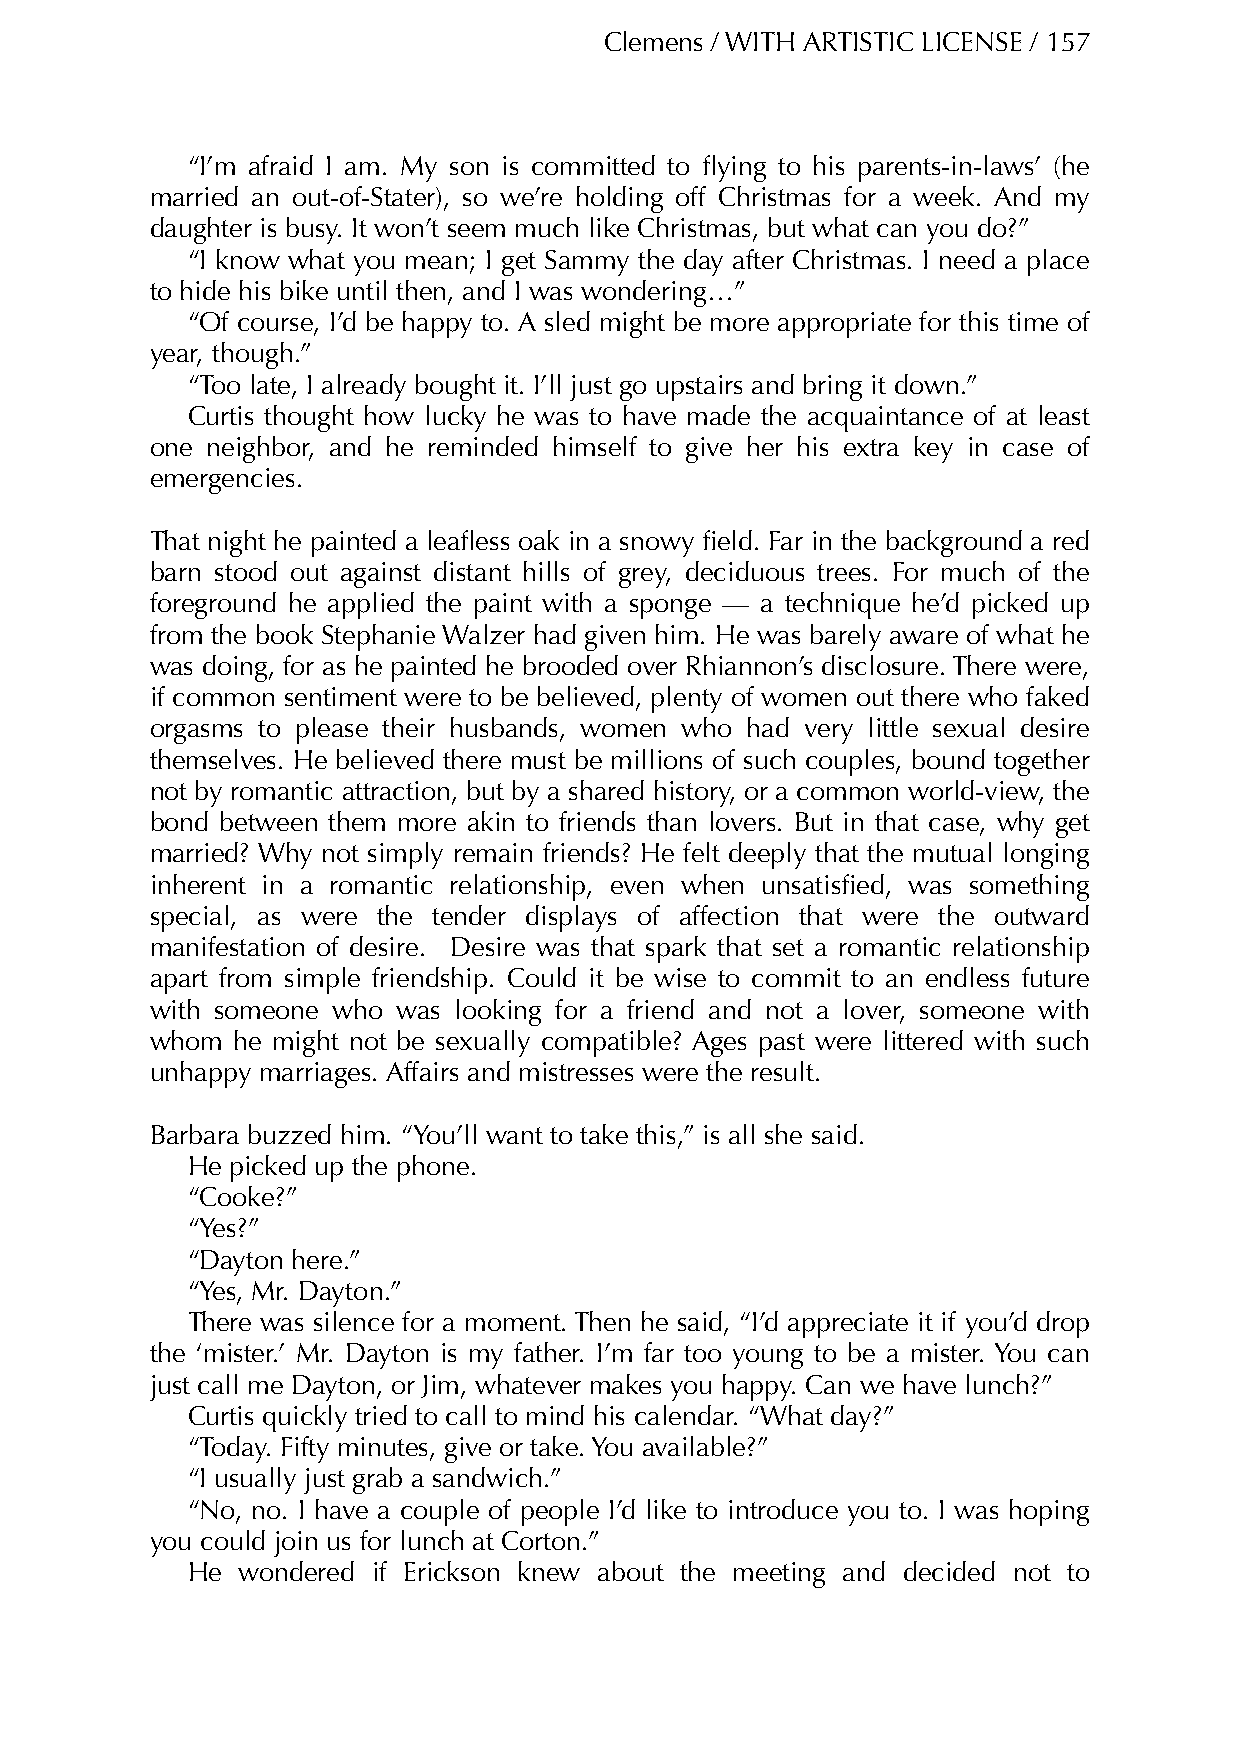
Clemens / WITH ARTISTIC LICENSE / 157
 “I’m afraid I am. My son is committed to flying to his parents-in-laws’ (he
 married an out-of-Stater), so we’re holding off Christmas for a week. And my
 daughter is busy. It won’t seem much like Christmas, but what can you do?”
 “I know what you mean; I get Sammy the day after Christmas. I need a place
 to hide his bike until then, and I was wondering…”
 “Of course, I’d be happy to. A sled might be more appropriate for this time of
 year, though.”
 “Too late, I already bought it. I’ll just go upstairs and bring it down.”
 Curtis thought how lucky he was to have made the acquaintance of at least
 one neighbor, and he reminded himself to give her his extra key in case of
 emergencies.
 That night he painted a leafless oak in a snowy field. Far in the background a red
 barn stood out against distant hills of grey, deciduous trees. For much of the
 foreground he applied the paint with a sponge — a technique he’d picked up
 from the book Stephanie Walzer had given him. He was barely aware of what he
 was doing, for as he painted he brooded over Rhiannon’s disclosure. There were,
 if common sentiment were to be believed, plenty of women out there who faked
 orgasms to please their husbands, women who had very little sexual desire
 themselves. He believed there must be millions of such couples, bound together
 not by romantic attraction, but by a shared history, or a common world-view, the
 bond between them more akin to friends than lovers. But in that case, why get
 married? Why not simply remain friends? He felt deeply that the mutual longing
 inherent in a romantic relationship, even when unsatisfied, was something
 special, as were the tender displays of affection that were the outward
 manifestation of desire. Desire was that spark that set a romantic relationship
 apart from simple friendship. Could it be wise to commit to an endless future
 with someone who was looking for a friend and not a lover, someone with
 whom he might not be sexually compatible? Ages past were littered with such
 unhappy marriages. Affairs and mistresses were the result.
 Barbara buzzed him. “You’ll want to take this,” is all she said.
 He picked up the phone.
 “Cooke?”
 “Yes?”
 “Dayton here.”
 “Yes, Mr. Dayton.”
 There was silence for a moment. Then he said, “I’d appreciate it if you’d drop
 the ‘mister.’ Mr. Dayton is my father. I’m far too young to be a mister. You can
 just call me Dayton, or Jim, whatever makes you happy. Can we have lunch?”
 Curtis quickly tried to call to mind his calendar. “What day?”
 “Today. Fifty minutes, give or take. You available?”
 “I usually just grab a sandwich.”
 “No, no. I have a couple of people I’d like to introduce you to. I was hoping
 you could join us for lunch at Corton.”
 He  wondered if Erickson knew about the meeting and decided not to